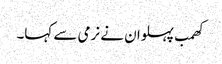
کھمب پہلوان نے نرمی سے کہا۔